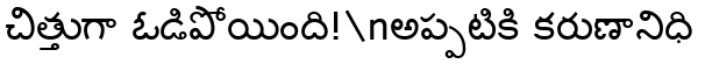
చిత్తుగా ఓడిపోయింది!\nఅప్పటికి కరుణానిధి